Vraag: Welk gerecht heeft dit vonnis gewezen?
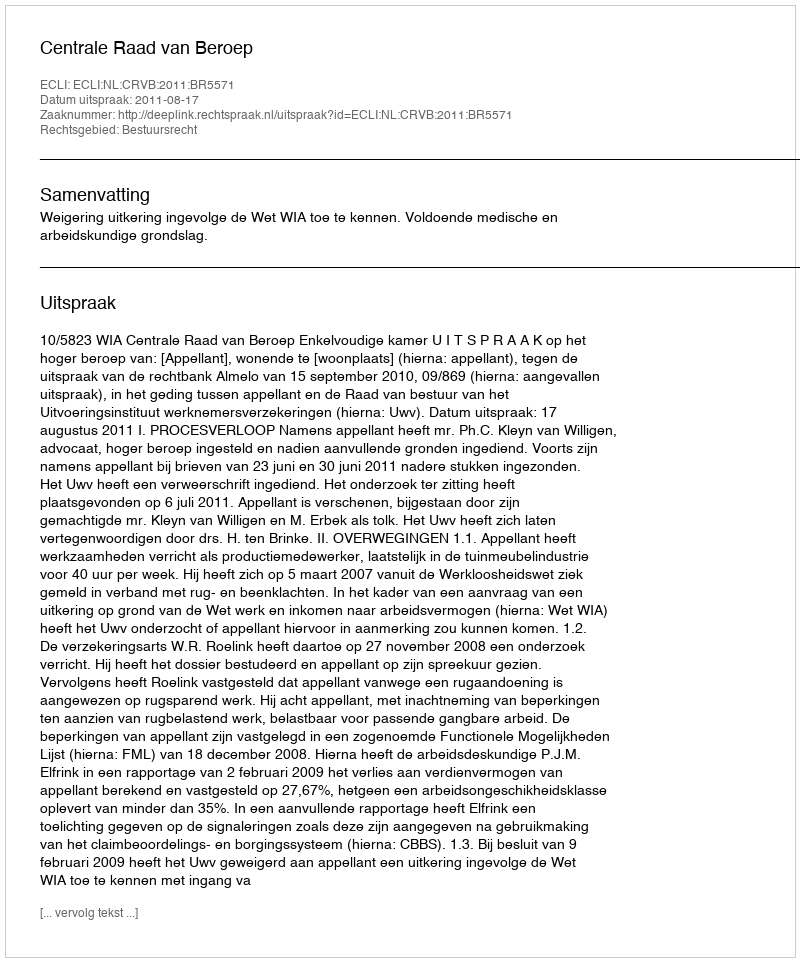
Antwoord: Centrale Raad van Beroep